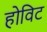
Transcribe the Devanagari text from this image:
होविट